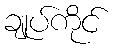
ချုပ်ကိုင်